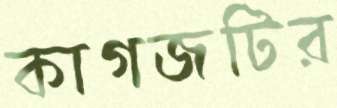
কাগজটির